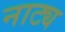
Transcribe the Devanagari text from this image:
नाट्य